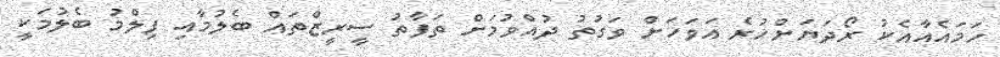
ހަމައެއާއެކު ރޯދަޔަށްހުރެ އަވަހަށް ވަގުތު ދުއްވުމަށް ތަފާތު ސީރީޒްތައް ބެލުމާއި ފިލްމު ބެލުމަކީ